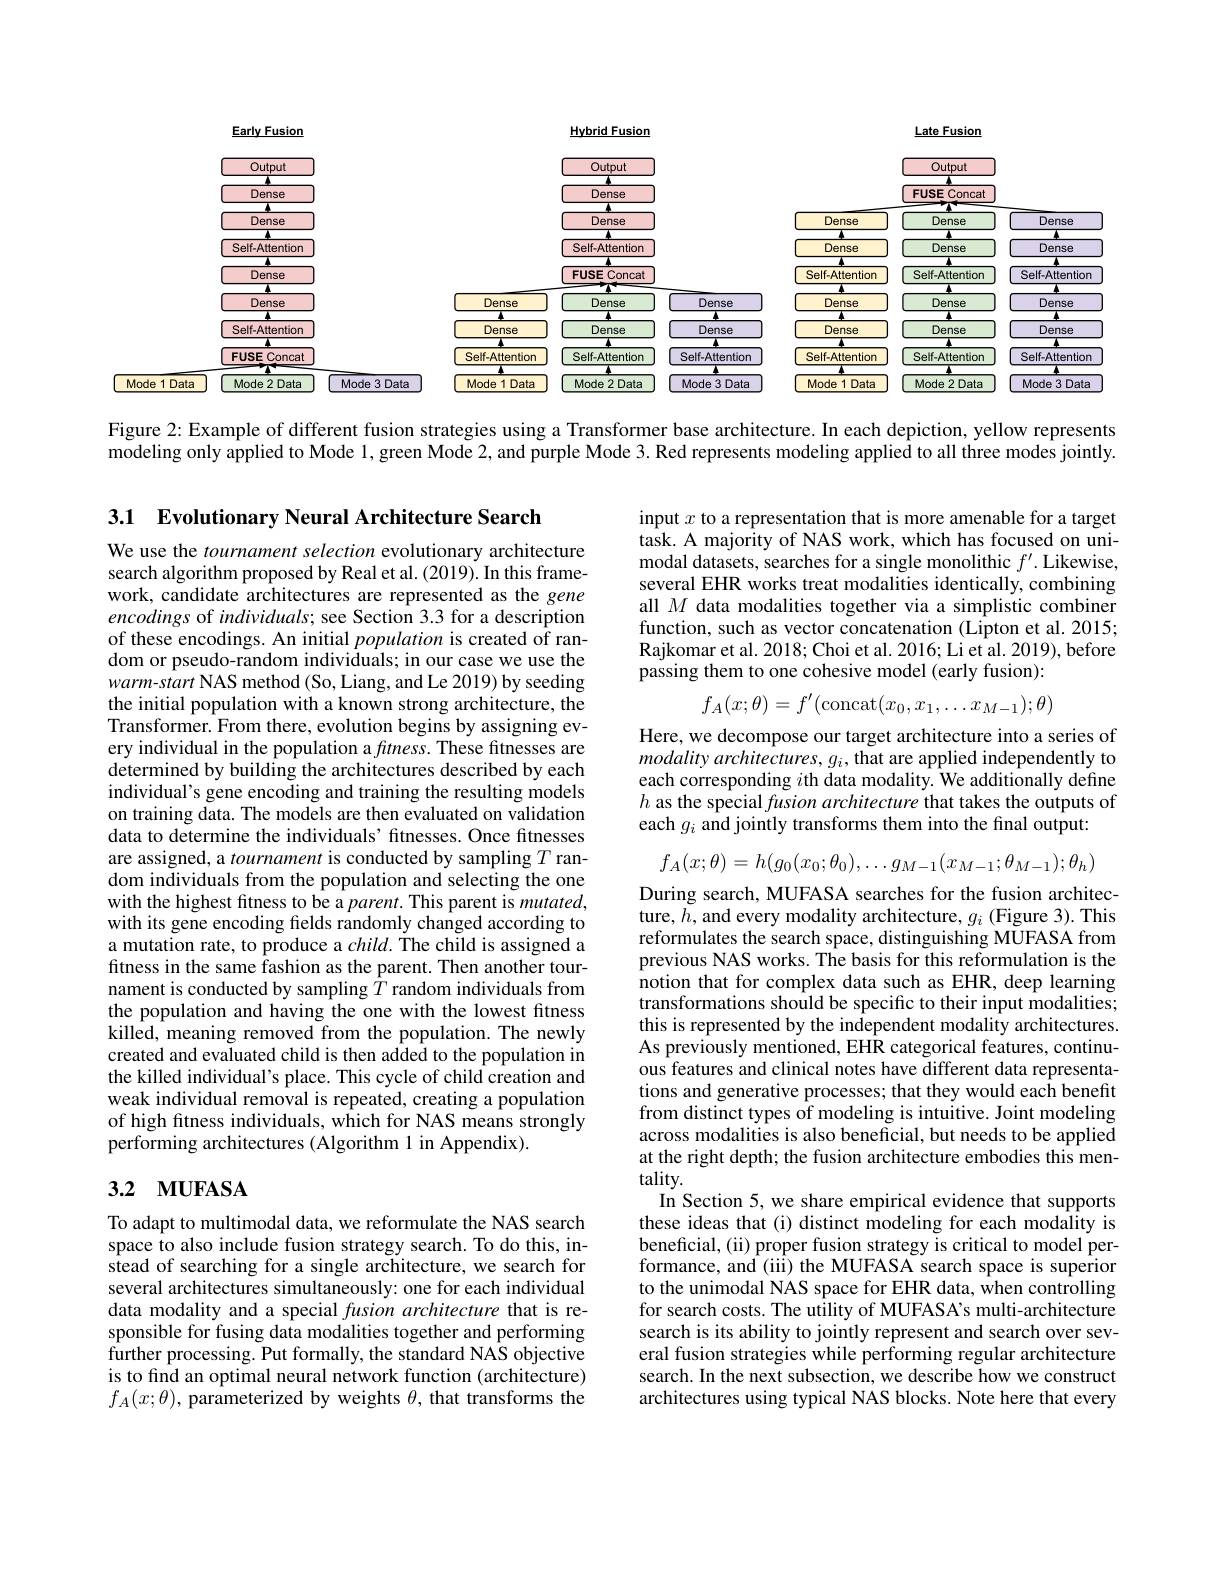
<FigureHere>

Figure 2: Example of different fusion strategies using a Transformer base architecture. In each depiction, yellow represents

$\tilde{\text{modeling only applied to Mode }1},\tilde{\text{green Mode }2},\tilde{\text{and purple Mode 3.Red represents modeling applied to all three modes jointly.}}$

3.1 Evolutionary Neural Architecture Search

We use the tournament selection evolutionary architecture search algorithm proposed by Real et al. (2019). In this framework, candidate architectures are represented as the gene encodings of individuals; see Section 3.3 for a description of these encodings. An initial population is created of random or pseudo-random individuals; in our case we use the warm-start NAS method (So, Liang, and Le 2019) by seeding the initial population with a known strong architecture, the Transformer. From there, evolution begins by assigning every individual in the population a $fitness.$ These fitnesses are determined by building the architectures described by each individual's gene encoding and training the resulting models on training data. The models are then evaluated on validation data to determine the individuals' fitnesses. Once fitnesses are assigned, a tournament is conducted by sampling $T$ random individuals from the population and selecting the one with the highest fitness to be a parent. This parent is mutated, with its gene encoding fields randomly changed according to a mutation rate, to produce a $child.$ The child is assigned a fitness in the same fashion as the parent. Then another tournament is conducted by sampling $\bar{T}$ random individuals from the population and having the one with the lowest fitness killed, meaning removed from the population. The newly created and evaluated child is then added to the population in the killed individual's place. This cycle of child creation and weak individual removal is repeated, creating a population of high ftness individuals, which for NAS means strongly performing architectures (Algorithm 1 in Appendix).

# 3.2 MUFASA

To adapt to multimodal data, we reformulate the NAS search space to also include fusion strategy search. To do this, in- $\hat{\text{stead of searching for a single architecture, we search for}}$ several architectures simultaneously: one for each individual data modality and a special fusion architecture that is responsible for fusing data modalities together and performing $\hat{\text{further processing. Put formally, the standard NAS objective}}$ is to find an optimal neural network function (architecture) $f_A(x;\theta),\hat{\text{parameterized by weights }\theta}$,that transforms the

input $x$ to a representation that is more amenable for a target task. A majority of NAS work, which has focused on unimodal datasets, searches for a single monolithic $f^\prime.$ Likewise, several EHR works treat modalities identically, combining all $M$ data modalities together via a simplistic combiner function, such as vector concatenation (Lipton et al. 2015; Rajkomar et al. 2018; Choi et al. 2016; Li et al. 2019) , before passing them to one cohesive model (early fusion):
$$f_A(x;\theta)=f'(\text{concat}(x_0,x_1,\dots x_{M-1});\theta)$$
Here, we decompose our target architecture into a series of modality architectures, $g_i$, that are applied independently to each corresponding $i$th data modality. We additionally define $h$ as the special fusion architecture that takes the outputs of each $g_i$ and jointly transforms them into the final output:
$$f_{A}(x;\theta)=h(g_{0}(x_{0};\theta_{0}),\ldots g_{M-1}(x_{M-1};\theta_{M-1});\theta_{h})$$
During search, MUFASA searches for the fusion architecture, $h$, and every modality architecture, $g_i$ (Figure 3). This reformulates the search space, distinguishing MUFASA from previous NAS works. The basis for this reformulation is the notion that for complex data such as EHR, deep learning transformations should be specific to their input modalities; this is represented by the independent modality architectures. As previously mentioned, EHR categorical features, continuous features and clinical notes have different data representations and generative processes; that they would each benefit from distinct types of modeling is intuitive. Joint modeling across modalities is also beneficial, but needs to be applied at the right depth; the fusion architecture embodies this mentality.
In Section 5, we share empirical evidence that supports these ideas that (i) distinct modeling for each modality is beneficial, (ii) proper fusion strategy is critical to model performance, and (iii) the MUFASA search space is superior to the unimodal NAS space for EHR data, when controlling for search costs. The utility of MUFASA's multi-architecture search is its ability to jointly represent and search over several fusion strategies while performing regular architecture search. In the next subsection, we describe how we construct architectures using typical NAS blocks. Note here that every